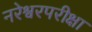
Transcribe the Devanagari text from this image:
नरेश्वरपरीक्षा